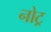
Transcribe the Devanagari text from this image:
नोट्र